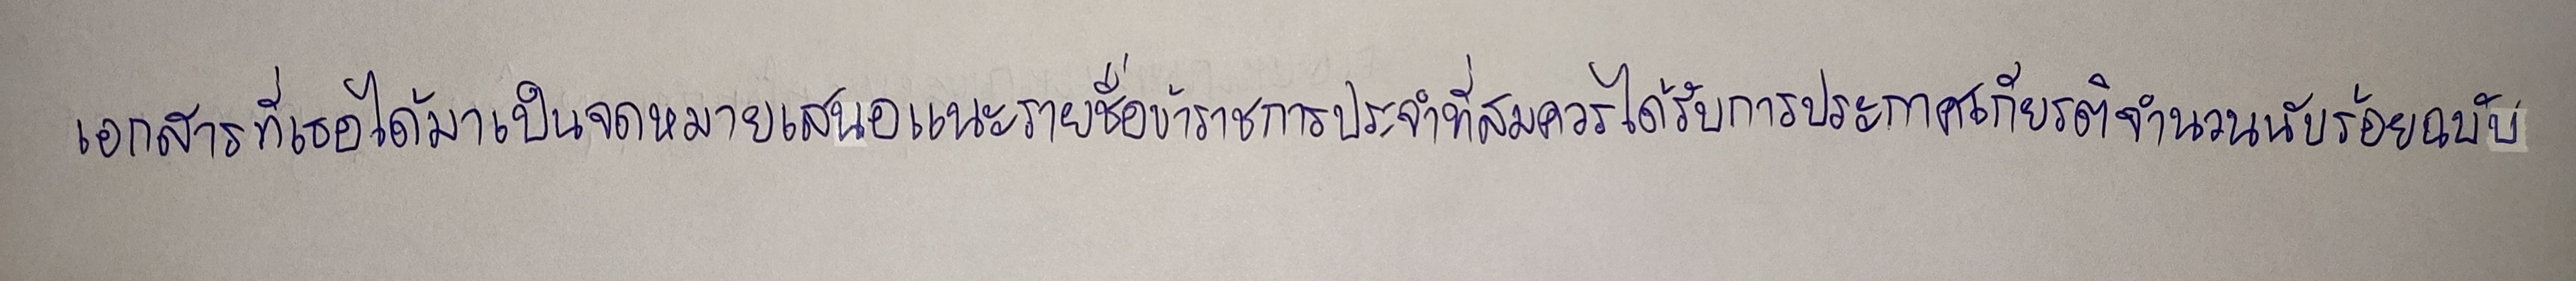
เอกสารที่เธอได้มาเป็นจดหมายเสนอแนะรายชื่อข้าราชการประจำที่สมควรได้รับการประกาศเกียรติจำนวนนับร้อยฉบับ